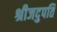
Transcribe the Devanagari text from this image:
श्रीजदुपति